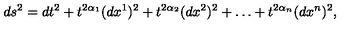
d s ^ { 2 } = d t ^ { 2 } + t ^ { 2 \alpha _ { 1 } } ( d x ^ { 1 } ) ^ { 2 } + t ^ { 2 \alpha _ { 2 } } ( d x ^ { 2 } ) ^ { 2 } + \ldots + t ^ { 2 \alpha _ { n } } ( d x ^ { n } ) ^ { 2 } ,